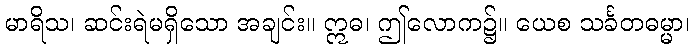
မာရိသ၊ ဆင်းရဲမရှိသော အချင်း။ ဣဓ၊ ဤလောက၌။ ယေစ သင်္ခတဓမ္မာ၊